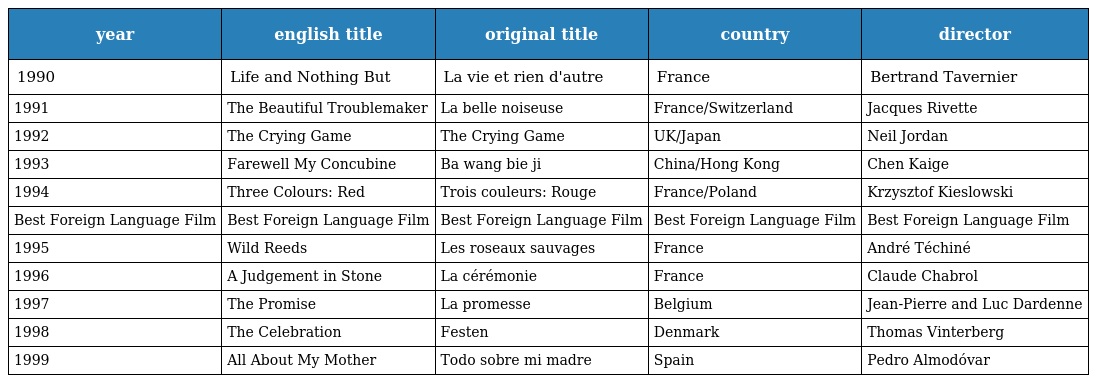
| year | english title | original title | country | director |
 | --- | --- | --- | --- | --- |
 | 1990 | Life and Nothing But | La vie et rien d'autre | France | Bertrand Tavernier |
 | 1991 | The Beautiful Troublemaker | La belle noiseuse | France/Switzerland | Jacques Rivette |
 | 1992 | The Crying Game | The Crying Game | UK/Japan | Neil Jordan |
 | 1993 | Farewell My Concubine | Ba wang bie ji | China/Hong Kong | Chen Kaige |
 | 1994 | Three Colours: Red | Trois couleurs: Rouge | France/Poland | Krzysztof Kieslowski |
 | Best Foreign Language Film | Best Foreign Language Film | Best Foreign Language Film | Best Foreign Language Film | Best Foreign Language Film |
 | 1995 | Wild Reeds | Les roseaux sauvages | France | André Téchiné |
 | 1996 | A Judgement in Stone | La cérémonie | France | Claude Chabrol |
 | 1997 | The Promise | La promesse | Belgium | Jean-Pierre and Luc Dardenne |
 | 1998 | The Celebration | Festen | Denmark | Thomas Vinterberg |
 | 1999 | All About My Mother | Todo sobre mi madre | Spain | Pedro Almodóvar |